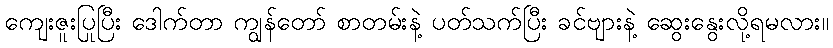
ကျေးဇူးပြုပြီး ဒေါက်တာ ကျွန်တော် စာတမ်းနဲ့ ပတ်သက်ပြီး ခင်ဗျားနဲ့ ဆွေးနွေးလို့ရမလား။